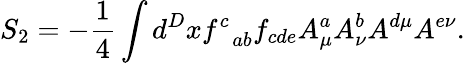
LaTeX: S_{2}=-\frac{1}{4}\int d^{D}xf_{\; \; ab}^{c}f_{cde}A_{\mu}^{a}A_{\nu}^{b}A^{d\mu}A^{e\nu}.